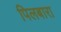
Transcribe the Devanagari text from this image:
पिलबारा